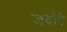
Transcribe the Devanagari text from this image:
जदोरे